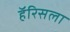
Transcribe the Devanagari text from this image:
हॅरिसला